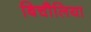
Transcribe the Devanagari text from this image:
बिचौलिया